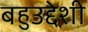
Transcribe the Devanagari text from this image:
बहुउद्देशी